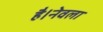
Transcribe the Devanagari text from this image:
है।नेवला